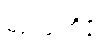
မံသဝဏိဇ္ဇာ